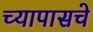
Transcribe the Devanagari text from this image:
च्यापासचे